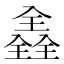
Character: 𠓾